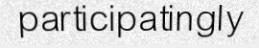
participatingly